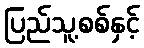
ပြည်သူ့စစ်နှင့်